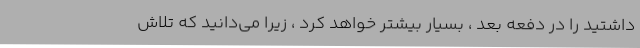
داشتید را در دفعه بعد ، بسیار بیشتر خواهد کرد ، زیرا می‌دانید که تلاش